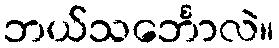
ဘယ်သင်္ဘောလဲ။